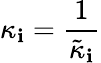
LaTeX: \kappa_{\mathbf{i}}=\frac{{1}}{{\tilde{{\kappa}}_{\mathbf{i}}}}